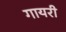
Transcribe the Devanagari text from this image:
गायरी